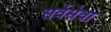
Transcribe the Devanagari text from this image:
सर्वसेवा